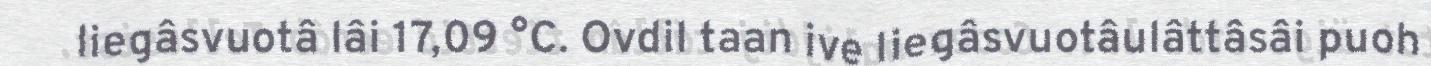
liegâsvuotâ lâi 17,09 °C. Ovdil taan ive liegâsvuotâulâttâsâi puoh